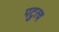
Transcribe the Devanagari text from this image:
पटुत्व